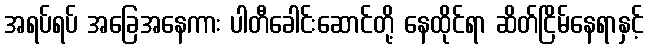
အရပ်ရပ် အခြေအနေကား ပါတီခေါင်းဆောင်တို့ နေထိုင်ရာ ဆိတ်ငြိမ်နေရာနှင့်